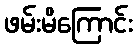
ဖမ်းမိကြောင်း